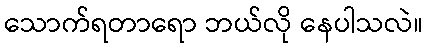
သောက်ရတာရော ဘယ်လို နေပါသလဲ။